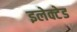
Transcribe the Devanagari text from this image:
इलेक्टेड